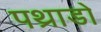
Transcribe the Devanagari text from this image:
पथ्राडो